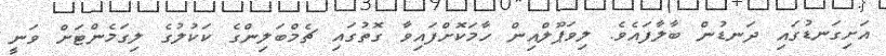
އަށިގަނޑުގައި ދަނޑުން ބާލާފައެވެ. ލިވަޕޫލްއިން ހާމަކޮށްފައިވާ ގޮތުގައި ޗެމްބަލިންގެ ކަކުލުގެ ލިގަމެންޓަށް ވަނީ